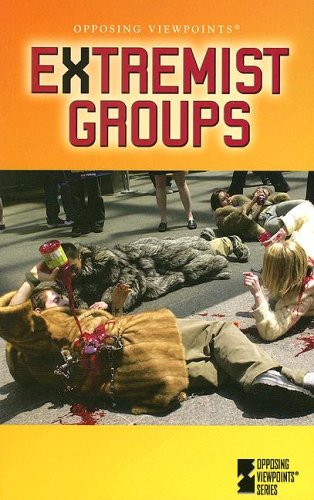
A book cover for Extremist Groups (Opposing Viewpoints); Karen F Balkin; Teen & Young Adult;